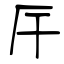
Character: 厈